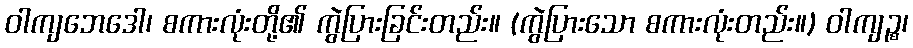
ဝါကျဘေဒေါ၊ စကားလုံးတို့၏ ကွဲပြားခြင်းတည်း။ (ကွဲပြားသော စကားလုံးတည်း။) ဝါကျဉ္စ၊